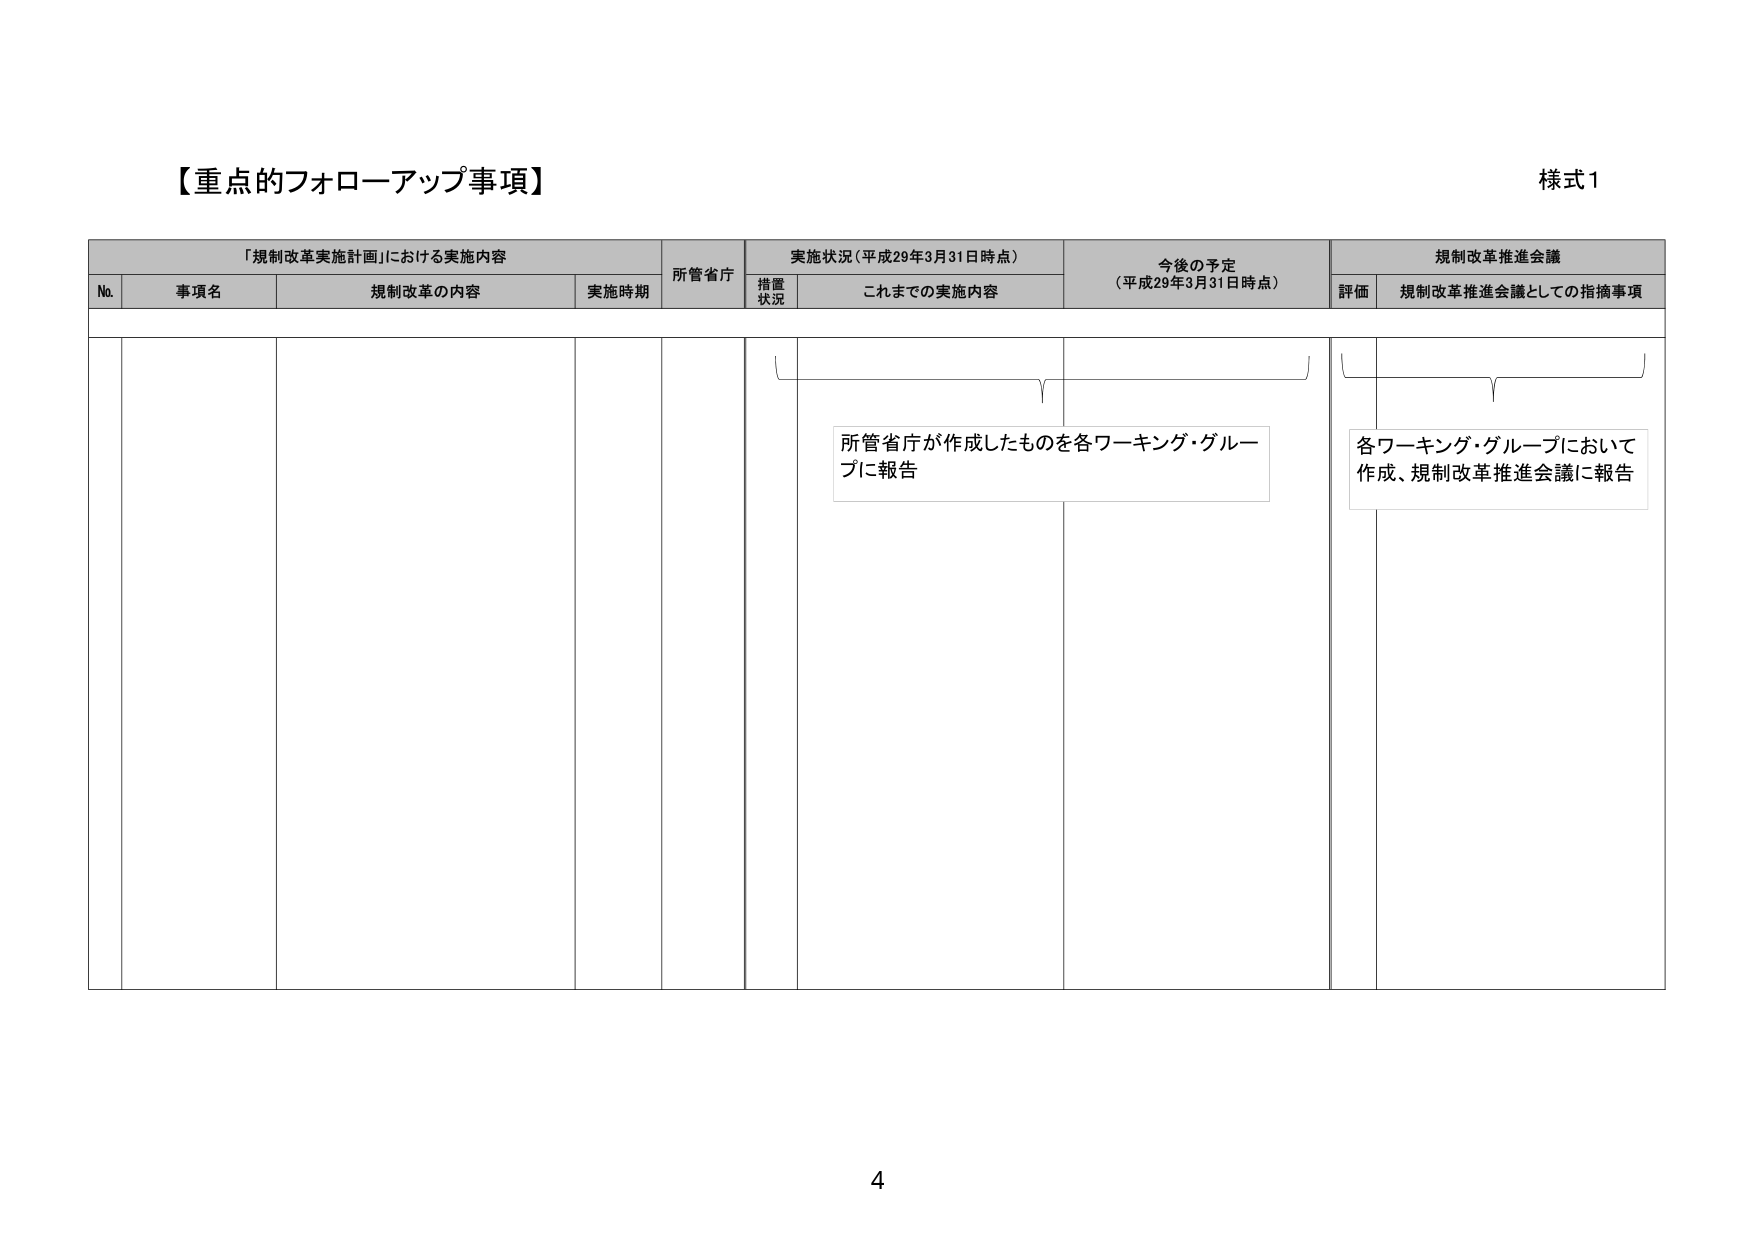
【重点的フォローアップ事項】
様式1
「規制改革実施計画」における実施内容
所管省庁
実施状況（平成29年3月31日時点）
今後の予定
（平成29年3月31日時点）
規制改革推進会議
No.
事項名
規制改革の内容
実施時期
措置
状況
これまでの実施内容
評価
規制改革推進会議としての指摘事項
所管省庁が作成したものを各ワーキング・グループに報告
各ワーキング・グループにおいて作成、規制改革推進会議に報告
4